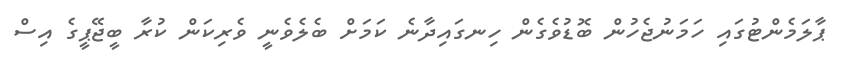
ޕާލަމެންޓުގައި ހަމަނުޖެހުން ބޮޑުވެގެން ހިނގައިދާނެ ކަަމަށް ބެލެެވެނީ ވެރިކަން ކުރާ ބީޖޭޕީގެ އިސް